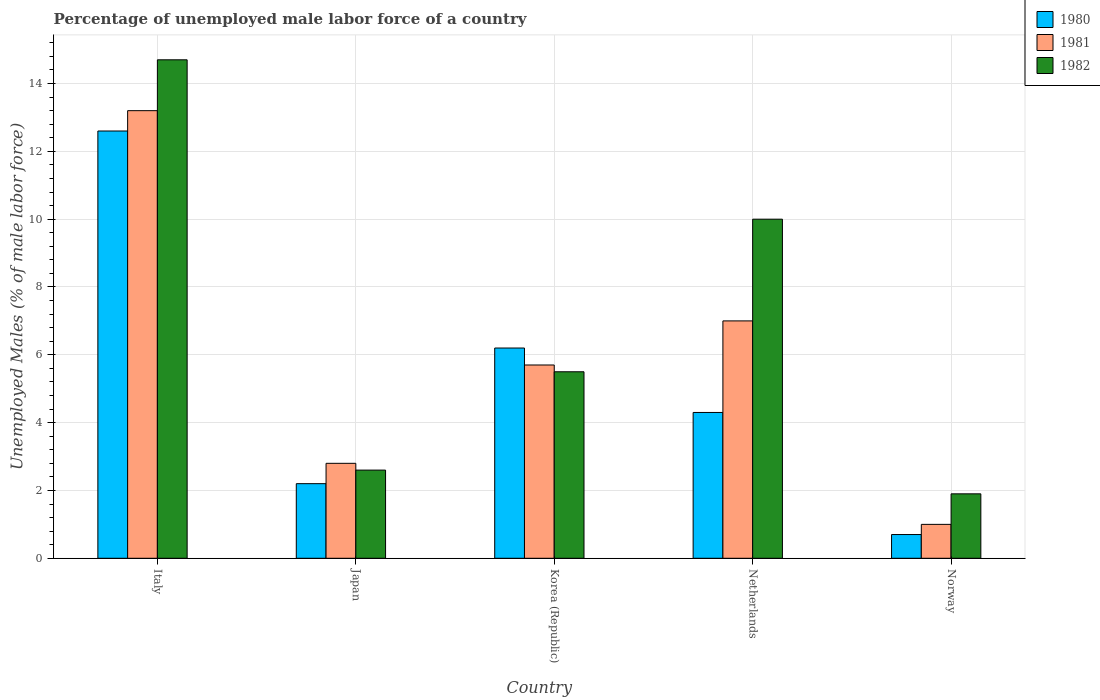
| Country | 1980 | 1981 | 1982 |
 | --- | --- | --- | --- |
 | Italy | 12.6 | 13.2 | 14.7 |
 | Japan | 2.2 | 2.8 | 2.6 |
 | Korea (Republic) | 6.2 | 5.7 | 5.5 |
 | Netherlands | 4.3 | 7 | 10 |
 | Norway | 0.7 | 1 | 1.9 |